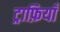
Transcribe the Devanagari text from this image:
ट्राफ़ियाँ